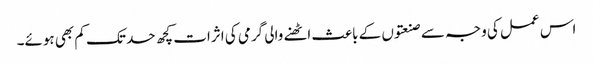
اس عمل کی وجہ سے صنعتوں کے باعث اٹھنے والی گرمی کی اثرات کچھ حد تک کم بھی ہوئے۔